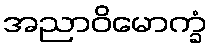
အညာဝိမောက္ခံ